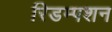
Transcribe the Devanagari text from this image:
रिडम्‍पशन